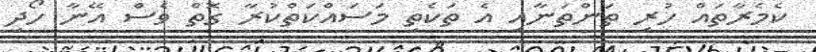
ކެމެރާތައް ހުރި ތަންތަނާއި އެ ތަކެތި މަސައްކަތްކުރާ ގޮތް ވެސް އޭނާ ހޯދި